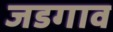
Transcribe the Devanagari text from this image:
जडगाव